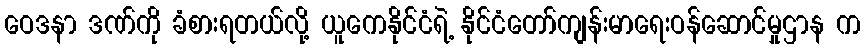
ဝေဒနာ ဒဏ်ကို ခံစားရတယ်လို့ ယူကေနိုင်ငံရဲ့ နိုင်ငံတော်ကျန်းမာရေးဝန်ဆောင်မှုဌာန က